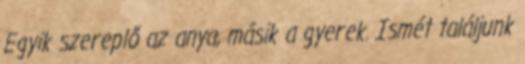
Egyik szereplő az anya, másik a gyerek. Ismét találjunk